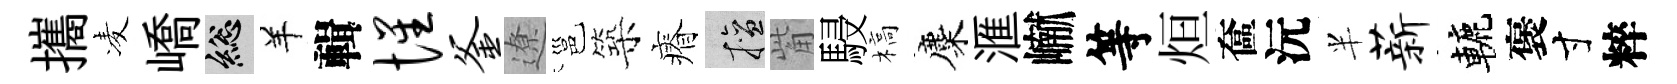
攜凌嶠總羊輯惺釜遼邕築瘠擅觜駸槁麋滙𪩘等烜奩沅半薪轆褒寸粹